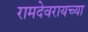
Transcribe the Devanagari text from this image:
रामदेवरायच्या